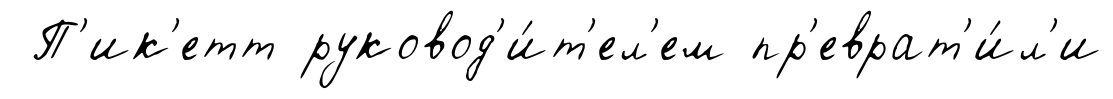
П'ик'етт руковод'и́т'ел'ем пр'еврат'и́л'и